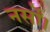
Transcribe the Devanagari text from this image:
नर्सों।